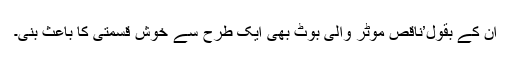
اُن کے بقول’ناقص موٹر والی بوٹ بھی ایک طرح سے خوش قسمتی کا باعث بنی۔